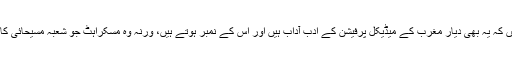
اب کالج آف فزیشن والے دھڑا دھڑ مریضوں سے حسنِ معاملہ کی ورکشاپس کرارہے ہیں کہ یہ بھی دیارِ مغرب کے میڈیکل پرفیشن کے ادب آداب ہیں اور اس کے نمبر ہوتے ہیں، ورنہ وہ مسکراہٹ جو شعبہ مسیحائی کا لازمی حصہ ہے اس کے صرف خواب دیکھے جاسکتے ہیں، سوائے چند فرشتوں کے۔